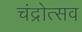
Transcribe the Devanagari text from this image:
चंद्रोत्सव